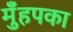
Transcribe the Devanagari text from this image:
मुँहपका